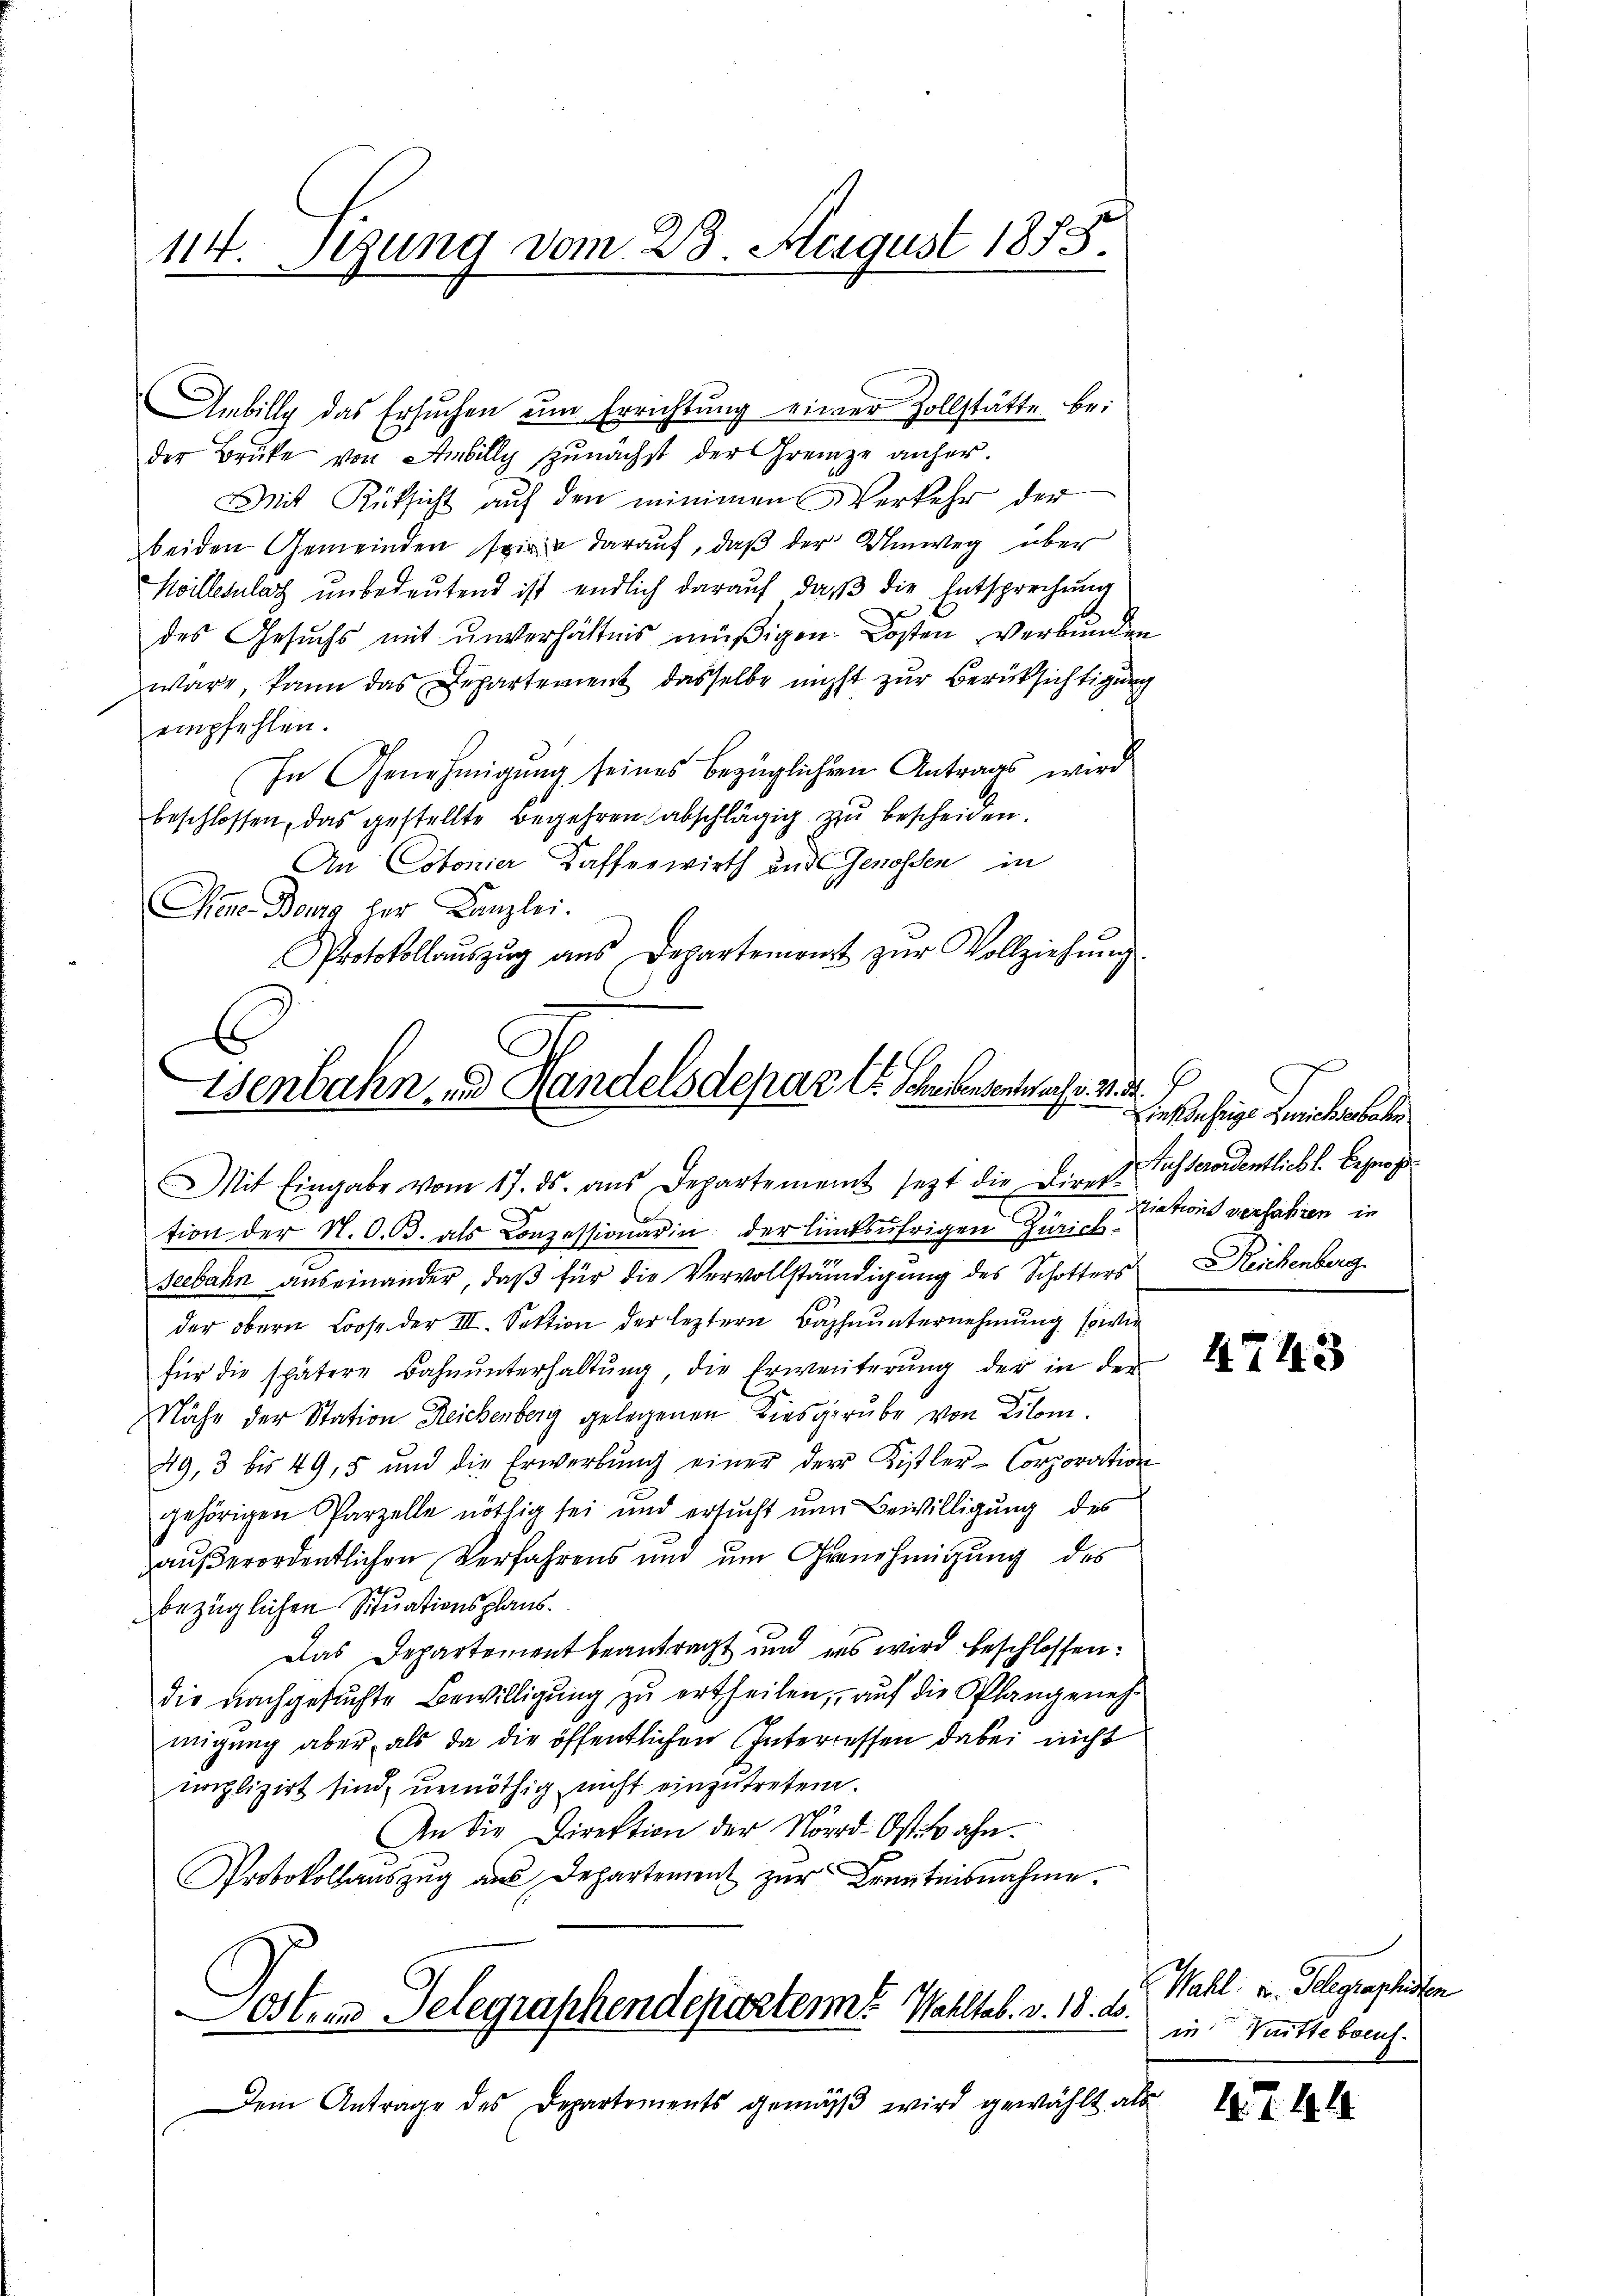
e
gung vom 23. August 1883.
11.

Anbille das Ersuchen um Errichtung einer Zollstätte beder Bruke von Anbilly zunächst der Grenze anher¬
Mit Rüksicht auf den minimen Verkehr der
beiden Gemeinden sie darauf, daß der Umweg über
Willerlach unbedeutend ist endlich darauf, daß die Entsprechung
des Gesuchs mit unverhältnis müßigen Kosten verbunden
wäre, kann das Departement dasselbe nicht zur Berücksichtigung
empfehlen.
In Genehmigung seines bezüglichen Antrags wird
beschlossen, das gestellte Begehren abschlägig zŭ bescheiden.
An Cotonier Kaffenwirth und Genossen in
Mienen Bonig her Kanzlei.
Protokollaŭszŭg aŭs Departement zŭr Vollziehŭng
x

Wenbahn und Handelsdepar l. Schreibendentes. v.

Mit Eingabe vom 17. ds. ans Departement sezt die Direktion der N. O. B. als Conzessionarin der linksufrigen Zürich Nations verfahren in
seebahn auseinander, daß für die Vervollständigung des Schotters
der obern Loose der III. Sektion der leztern Bahnunternehmung sowie
für die spätere Bahnunterhaltung, die Erweiterung der in der
Nähe der Station Reichenberg gelegenen Kiesgrube von Kilom.
49, 3 bis 495 und die Erwerbŭng einer der Kistler-Corporation
gehörigen Parzelle nöthig sei und ersucht nur Bewilligung des
außerordentlichen Verfahrens und um Genehmigung des
bezüglichen Situationsplans
Das Departement beantragt und es wird beschlossen:
die nachgesuchte Bewilligung zu ertheilen, auf die Plangenehmigung aber, als da die öffentlichen Interressen dabei nicht
mplizirt sind, unnöthig nicht einzutreten.
An die Direktion der Nörd-Ostbahn.
Protokollauszug aus Departement zur Kenntnisnahme.
Osten Telegraphendeparter Wahltab. v. 18. ds.
Dem Antrage des Departements gemäß wird gewählt als

saehrige Ferieben bele
Auch deroidentlicht. Begnah
Reichenberg.

4743

Wahl u. Gelegraphien
in Mittebaeuf.

4.7. 14